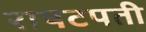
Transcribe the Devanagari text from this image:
राषटपती